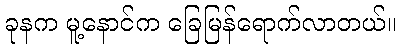
ခုနက မူ့နောင်က ခြေမြန်ရောက်လာတယ်။